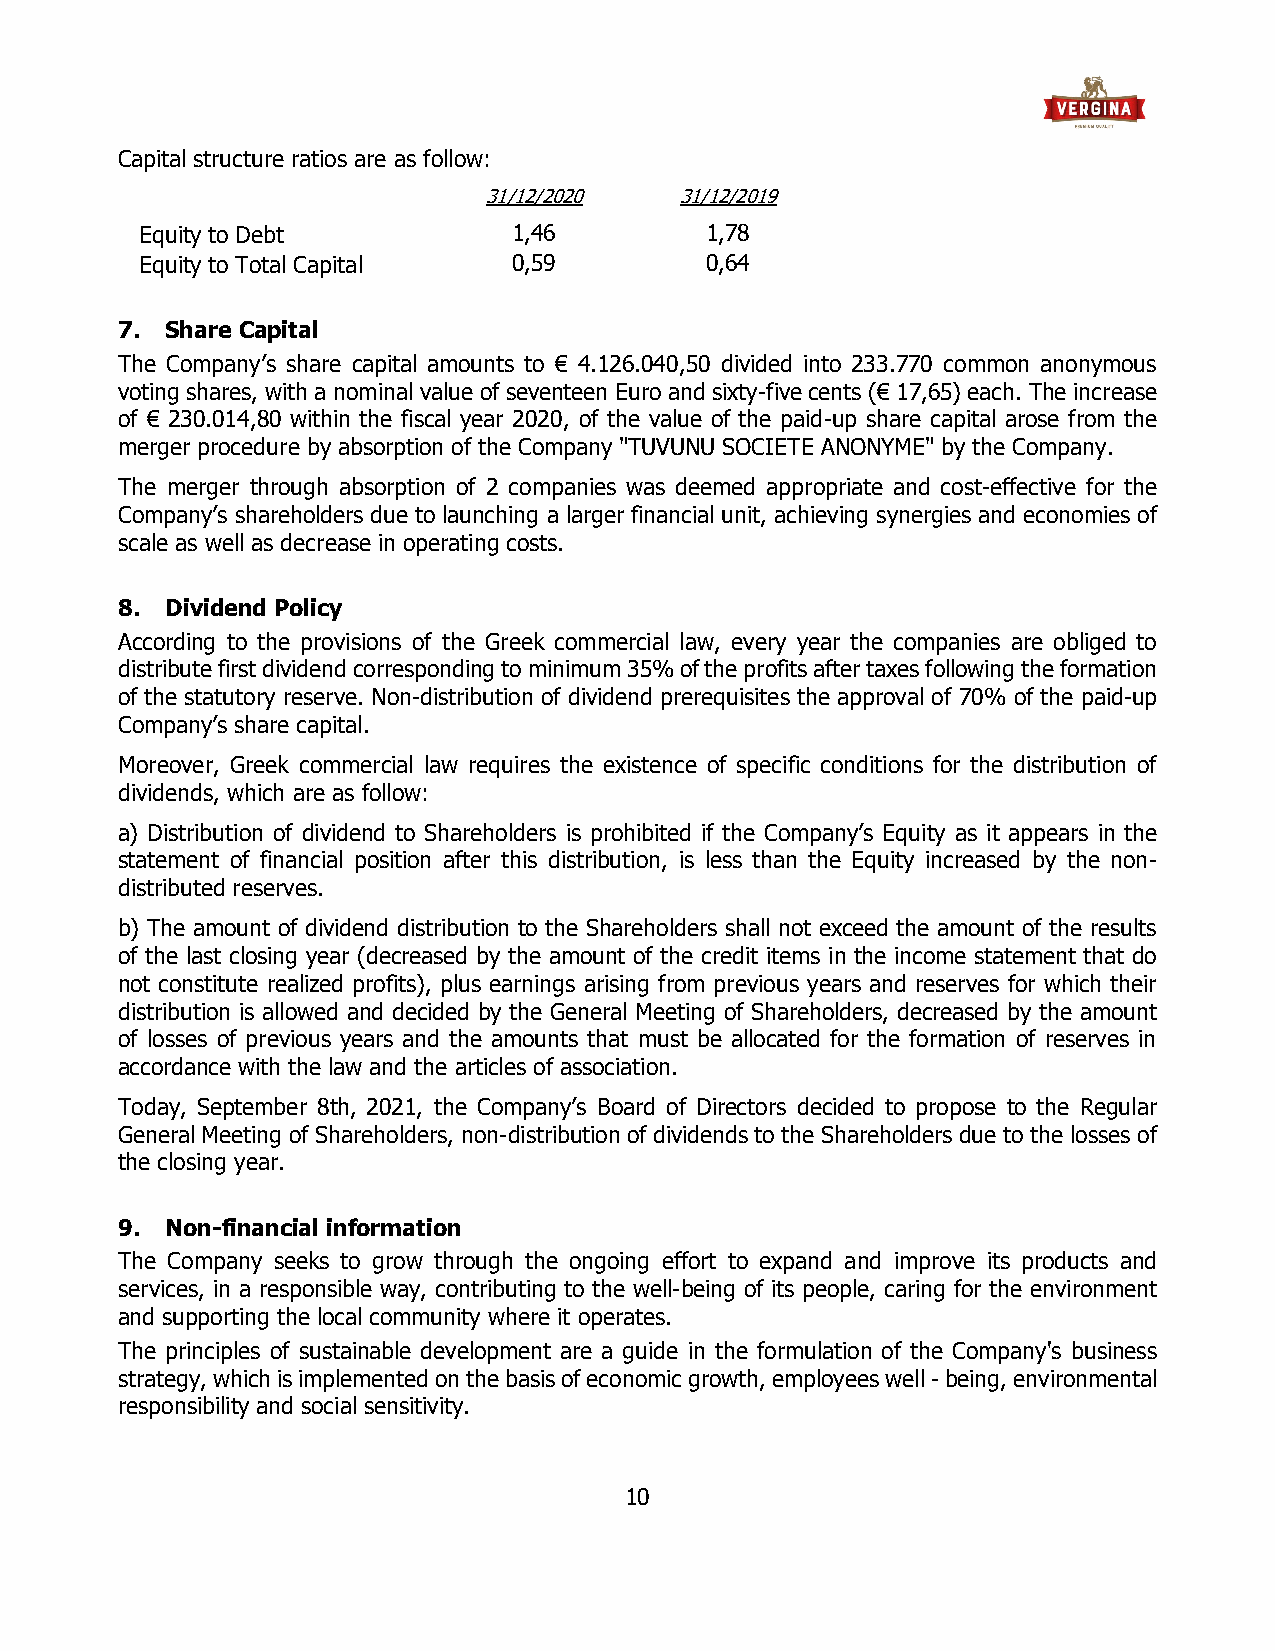
Capital structure ratios are as follow:
 31/12/2020   31/12/2019
 Equity to Debt           1,46         1,78
 Equity to Total Capital  0,59         0,64
 7. Share Capital
 The Company’s share capital amounts to € 4.126.040,50 divided into 233.770 common anonymous
 voting shares, with a nominal value of seventeen Euro and sixty-five cents (€ 17,65) each. The increase
 of € 230.014,80 within the fiscal year 2020, of the value of the paid-up share capital arose from the
 merger procedure by absorption of the Company "TUVUNU SOCIETE ANONYME" by the Company.
 The merger through absorption of 2 companies was deemed appropriate and cost-effective for the
 Company’s shareholders due to launching a larger financial unit, achieving synergies and economies of
 scale as well as decrease in operating costs.
 8. Dividend Policy
 According to the provisions of the Greek commercial law, every year the companies are obliged to
 distribute first dividend corresponding to minimum 35% of the profits after taxes following the formation
 of the statutory reserve. Non-distribution of dividend prerequisites the approval of 70% of the paid-up
 Company’s share capital.
 Moreover, Greek commercial law requires the existence of specific conditions for the distribution of
 dividends, which are as follow:
 a) Distribution of dividend to Shareholders is prohibited if the Company’s Equity as it appears in the
 statement of financial position after this distribution, is less than the Equity increased by the non-
 distributed reserves.
 b) The amount of dividend distribution to the Shareholders shall not exceed the amount of the results
 of the last closing year (decreased by the amount of the credit items in the income statement that do
 not constitute realized profits), plus earnings arising from previous years and reserves for which their
 distribution is allowed and decided by the General Meeting of Shareholders, decreased by the amount
 of losses of previous years and the amounts that must be allocated for the formation of reserves in
 accordance with the law and the articles of association.
 Today, September 8th, 2021, the Company’s Board of Directors decided to propose to the Regular
 General Meeting of Shareholders, non-distribution of dividends to the Shareholders due to the losses of
 the closing year.
 9. Non-financial information
 The Company seeks to grow through the ongoing effort to expand and improve its products and
 services, in a responsible way, contributing to the well-being of its people, caring for the environment
 and supporting the local community where it operates.
 The principles of sustainable development are a guide in the formulation of the Company's business
 strategy, which is implemented on the basis of economic growth, employees well - being, environmental
 responsibility and social sensitivity.
 10